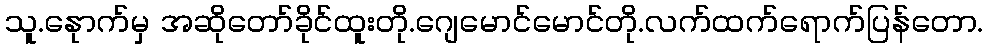
သူ.နေုာက်မှ အဆိုတော်ခိုင်ထူးတို.ဂျေမောင်မောင်တို.လက်ထက်ရောက်ပြန်တော.